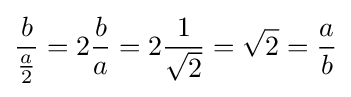
{\frac {b}{\frac {a}{2}}}=2{\frac {b}{a}}=2{\frac {1}{\sqrt {2}}}={\sqrt {2}}={\frac {a}{b}}